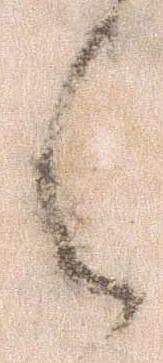
え